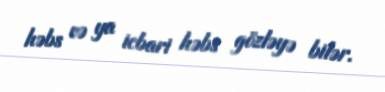
həbs və ya icbari həbs gözləyə bilər.